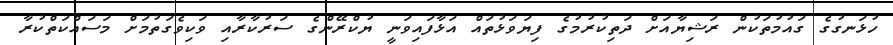
ހުޅަނގުގެ ގައުމުތަކުން ރަޝިޔާއަށް ދަތިކުރުމުގެ ފިޔަވަޅުތައް އަޅާފައިވަނީ ޔުކްރޭންގެ ސަރުކާރާއި ވަކިވެގަތުމަށް މަސައްކަތްކުރާ